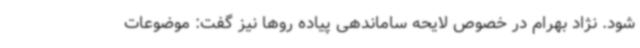
شود. نژاد بهرام در خصوص لایحه ساماندهی پیاده روها نیز گفت: موضوعات